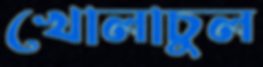
খোলাচুল